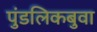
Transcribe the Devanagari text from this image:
पुंडलिकबुवा